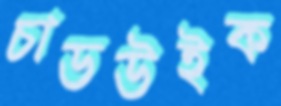
চাডউইক